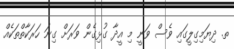
ތ. ދިޔަމިގިލީގައި ވެސް ވަނީ މި އީދާ ގުޅިގެން ވަރަށް ގިނަ ހަރަކާތްތަކެއް